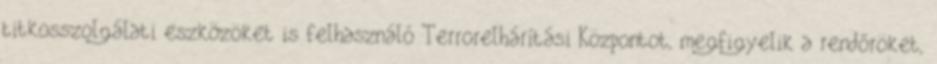
titkosszolgálati eszközöket is felhasználó Terrorelhárítási Központot, megfigyelik a rendőröket,